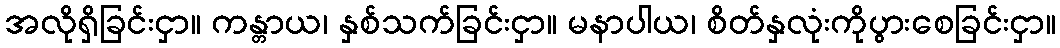
အလိုရှိခြင်းငှာ။ ကန္တာယ၊ နှစ်သက်ခြင်းငှာ။ မနာပါယ၊ စိတ်နှလုံးကိုပွားစေခြင်းငှာ။